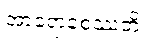
အာရောစေဿတိ